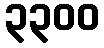
၃၃၀၀